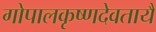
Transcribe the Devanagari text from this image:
गोपालकृष्णदेवतायै